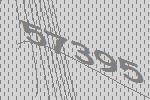
57395